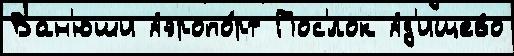
Ван'юши Аэропо́рт Пос'́лок Ад'ищево